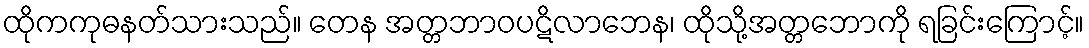
ထိုကကုဓနတ်သားသည်။ တေန အတ္တဘာဝပဋိလာဘေန၊ ထိုသို့အတ္တဘောကို ရခြင်းကြောင့်။